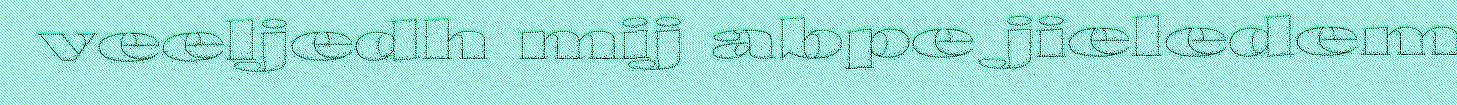
veeljedh mij abpe jieledem